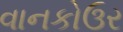
વાનકોઉર